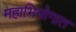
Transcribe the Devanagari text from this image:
महाभियोगात